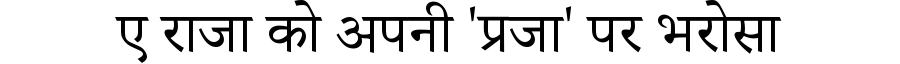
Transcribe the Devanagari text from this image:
ए राजा को अपनी 'प्रजा' पर भरोसा